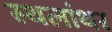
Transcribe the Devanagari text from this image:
स्थलांथर